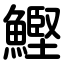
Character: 鰹